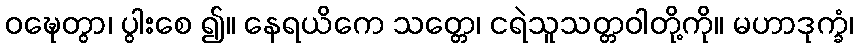
ဝဍ္ဎေတွာ၊ ပွါးစေ ၍။ နေရယိကေ သတ္တေ၊ ငရဲသူသတ္တဝါတို့ကို။ မဟာဒုက္ခံ၊